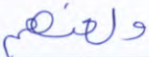
ولعنهم